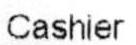
CASHIER